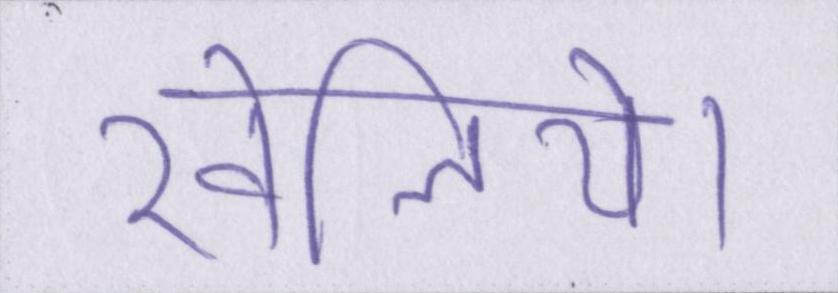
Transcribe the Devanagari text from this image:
खेलिये।